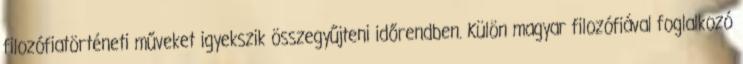
filozófiatörténeti műveket igyekszik összegyűjteni időrendben. Külön magyar filozófiával foglalkozó